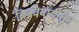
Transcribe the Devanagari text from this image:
बिबवेवाडीतून